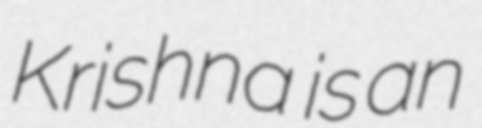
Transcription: Krishna  is an